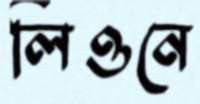
লিওনে